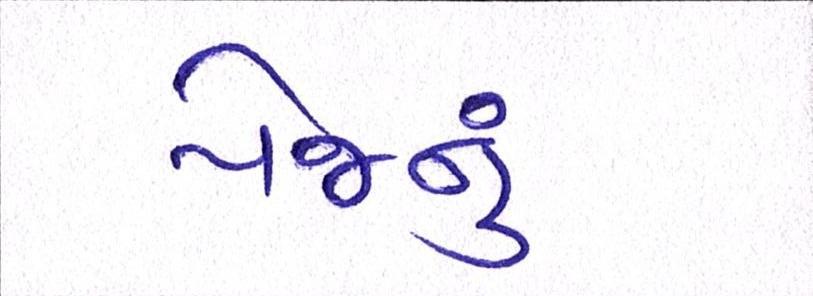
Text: પેજનું